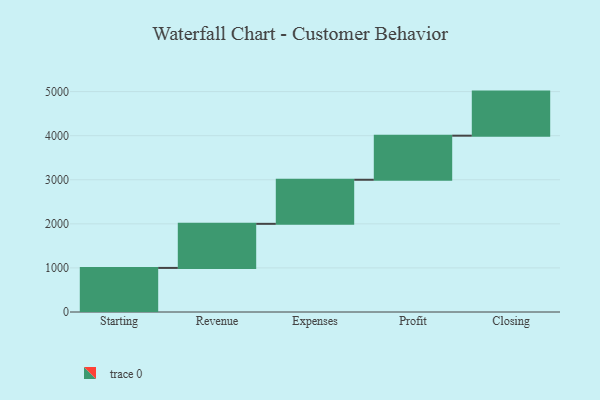
{"axis": {"x": "Step", "y": "Value"}, "legend": [""], "data": [{"x": "Starting", "y": 1000, "type": ""}, {"x": "Revenue", "y": 1000, "type": ""}, {"x": "Expenses", "y": 1000, "type": ""}, {"x": "Profit", "y": 1000, "type": ""}, {"x": "Closing", "y": 1000, "type": ""}]}